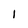
Character: I